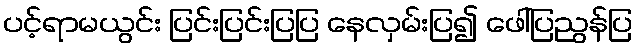
ပင့်ရာမယွင်း ပြင်းပြင်းပြပြ နေလှမ်းပြ၍ ဖေါ်ပြညွန်ပြ